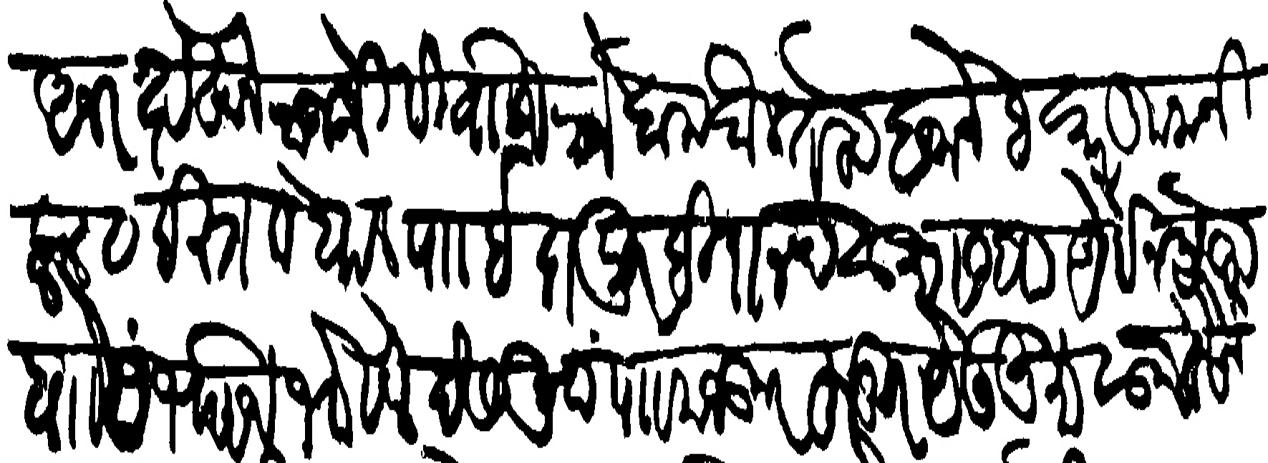
Transliteration (Devanagari): अज रख्तखाने राजश्री सीवाजि राजे दामदौलतहू बजानेव कारकुनानि हाल व इस्तकबाल पाा इदापूर बिदानद सुा सवा अर्बन अलफ बा संभाजि भोसले देशमुख पाा मजकूर हुजूर येऊनु मालूम केले जे